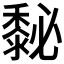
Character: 𪏺